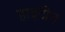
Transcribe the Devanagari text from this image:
हाइटीन